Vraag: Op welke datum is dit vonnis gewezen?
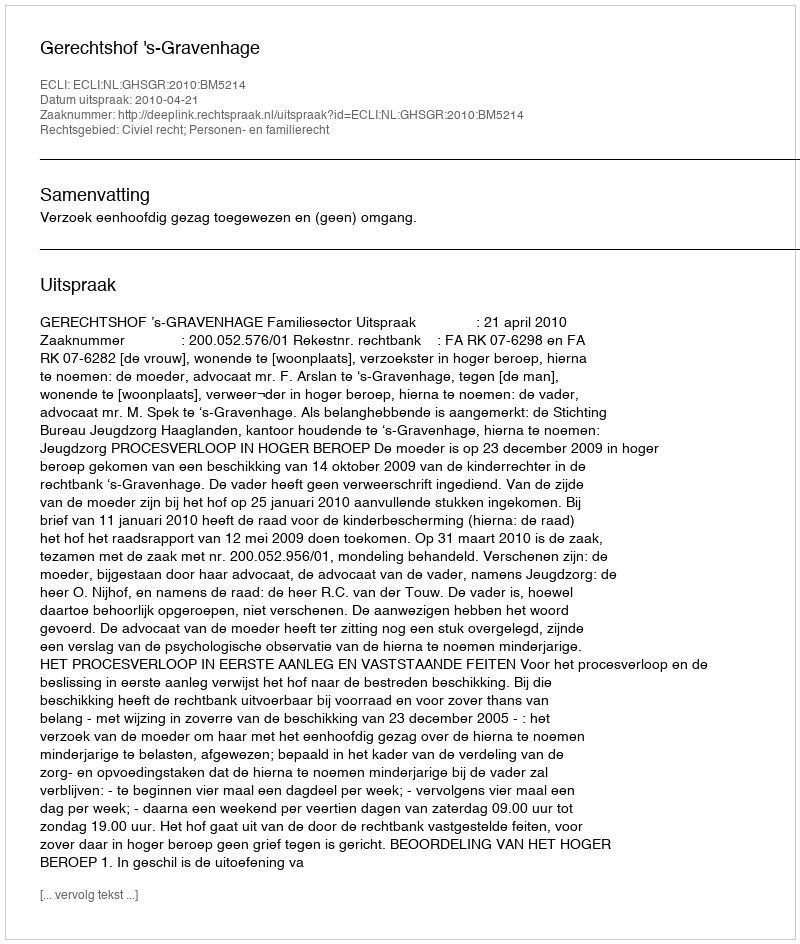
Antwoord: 2010-04-21